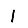
Digit: 1